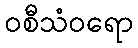
ဝစီသံဝရော